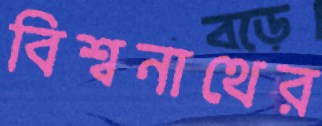
বিশ্বনাথের